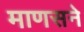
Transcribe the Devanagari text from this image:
माणसने